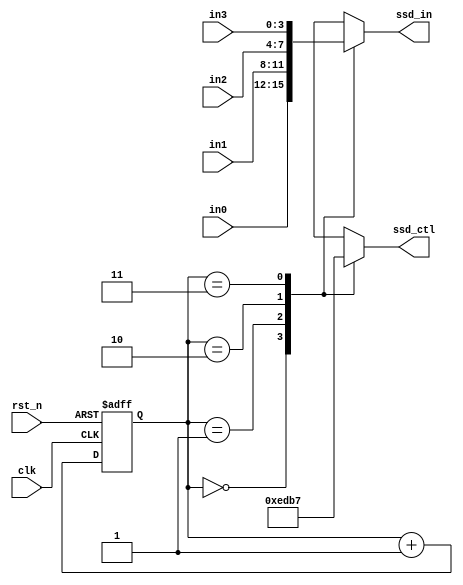
`timescale 1ns / 1ps
//////////////////////////////////////////////////////////////////////////////////
// Company: 
// Engineer: 
// 
// Design Name: 
// Module Name: scan_ctl
// Project Name: 
// Target Devices: 
// Tool Versions: 
// Description: 
// 
// Dependencies: 
// 
// Revision:
// Revision 0.01 - File Created
// Additional Comments:
// 
//////////////////////////////////////////////////////////////////////////////////


module scan_ctl(
    input clk,
    input rst_n,
    input [3:0] in3,
    input [3:0] in2,
    input [3:0] in1,
    input [3:0] in0,
    output reg [3:0] ssd_in,
    output reg [3:0] ssd_ctl
    );
    reg [1:0] ssd_en_index;
    reg [1:0] ssd_en_index_next;
    
    always @*
        ssd_en_index_next = ssd_en_index + 2'd1;
        
    always @(posedge clk or negedge rst_n) 
        if (~rst_n) 
            ssd_en_index <= 2'd0;
        else 
            ssd_en_index <= ssd_en_index_next;
    
    always @*
        case (ssd_en_index)
            2'b00: ssd_in = in0;
            2'b01: ssd_in = in1;
            2'b10: ssd_in = in2;
            2'b11: ssd_in = in3;
            default: ssd_in = 4'd0;
        endcase

    always @*
        case (ssd_en_index)
            2'b00: ssd_ctl = 4'b1110;
            2'b01: ssd_ctl = 4'b1101;
            2'b10: ssd_ctl = 4'b1011;
            2'b11: ssd_ctl = 4'b0111;
            default: ssd_ctl = 4'b1111;
        endcase
    
endmodule